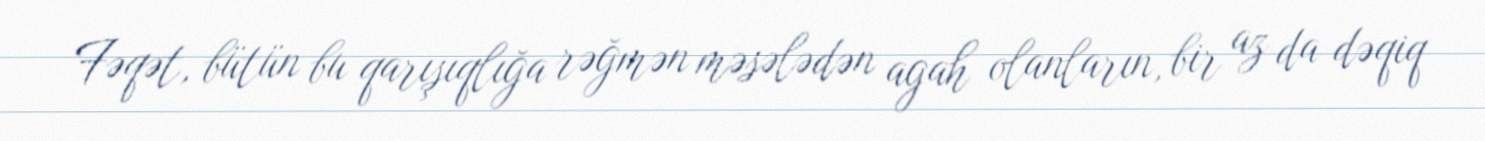
Fəqət, bütün bu qarışıqlığa rəğmən məsələdən agah olanların, bir az da dəqiq